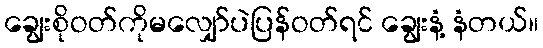
ချွေးစိုဝတ်ကိုမလျှော်ပဲပြန်ဝတ်ရင် ချွေးနံ့ နံတယ်။